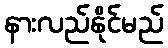
နားလည်နိုင်မည်